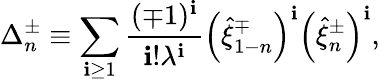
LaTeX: \Delta_{n}^{\pm}\equiv\sum_{\mathbf{i}\geq1}^{}\frac{{(\mp1)^{\mathbf{i}}}}{{\mathbf{i}!\lambda^{\mathbf{i}}}}\left(\hat{{\xi}}_{1-n}^{\mp}\right)^{\mathbf{i}}\left(\hat{{\xi}}_{n}^{\pm}\right)^{\mathbf{i}},